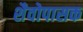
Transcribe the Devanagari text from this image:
शैवोपासक